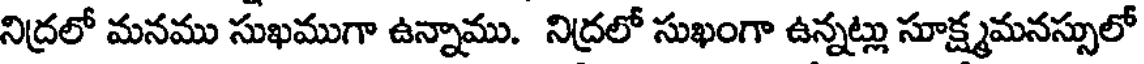
నిద్రలో మనము సుఖముగా ఉన్నాము. నిద్రలో సుఖంగా ఉన్నట్లు సూక్ష్మమనస్సులో